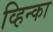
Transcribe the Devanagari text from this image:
व्हिन्का